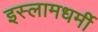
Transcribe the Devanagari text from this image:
इस्लामधर्मी